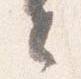
々